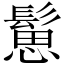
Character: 䰄